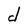
Character: d